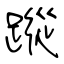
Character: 蹤